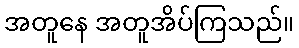
အတူနေ အတူအိပ်ကြသည်။